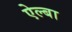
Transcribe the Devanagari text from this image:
ऐल्बा